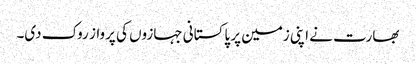
بھارت نے اپنی زمین پر پاکستانی جہازوں کی پرواز روک دی۔